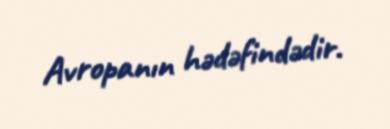
Avropanın hədəfindədir.